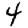
Digit: 4